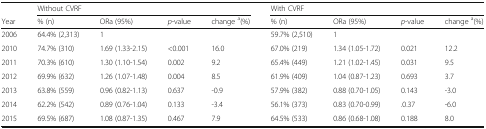
|  | <COLSPAN=4> Without CVRF | <COLSPAN=4> With CVRF |
 | Year | % (n) | ORa (95%) | p-value | change a(%) | % (n) | ORa (95%) | p-value | change a(%) |
 | --- | --- | --- | --- | --- | --- | --- | --- | --- |
 | 2006 | 64.4% (2,313) | 1 |  |  | 59.7% (2,510) | 1 |  |  |
 | 2010 | 74.7% (310) | 1.69 (1.33-2.15) | <0.001 | 16.0 | 67.0% (219) | 1.34 (1.05-1.72) | 0.021 | 12.2 |
 | 2011 | 70.3% (610) | 1.30 (1.10-1.54) | 0.002 | 9.2 | 65.4% (449) | 1.21 (1.02-1.45) | 0.031 | 9.5 |
 | 2012 | 69.9% (632) | 1.26 (1.07-1.48) | 0.004 | 8.5 | 61.9% (409) | 1.04 (0.87-1.23) | 0.693 | 3.7 |
 | 2013 | 63.8% (559) | 0.96 (0.82-1.13) | 0.637 | -0.9 | 57.9% (382) | 0.88 (0.70-1.05) | 0.143 | -3.0 |
 | 2014 | 62.2% (542) | 0.89 (0.76-1.04) | 0.133 | -3.4 | 56.1% (373) | 0.83 (0.70-0.99) | .0.37 | -6.0 |
 | 2015 | 69.5% (687) | 1.08 (0.87-1.35) | 0.467 | 7.9 | 64.5% (533) | 0.86 (0.68-1.08) | 0.188 | 8.0 |